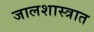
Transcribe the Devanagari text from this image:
जालशास्त्रात